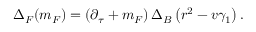
\Delta _ { \cal F } ( m _ { \cal F } ) = \left( \partial _ { \tau } + m _ { \cal F } \right) \Delta _ { \cal B } \left( r ^ { 2 } - v \gamma _ { 1 } \right) .